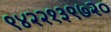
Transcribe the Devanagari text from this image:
९४२२१३९७२०